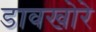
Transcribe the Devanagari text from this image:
डावखोरे